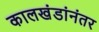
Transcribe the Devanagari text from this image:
कालखंडांनंतर